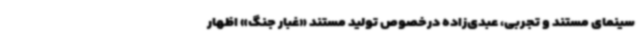
سینمای مستند و تجربی، عبدی‌زاده درخصوص تولید مستند «غبار جنگ» اظهار